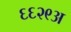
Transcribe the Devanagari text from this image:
६६२९अ